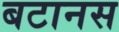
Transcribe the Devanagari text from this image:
बटानस